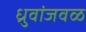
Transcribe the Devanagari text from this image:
ध्रुवांजवळ